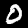
Label: 0